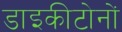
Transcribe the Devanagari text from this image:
डाइकीटोनों